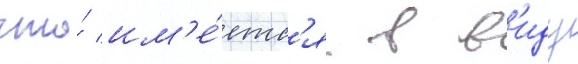
что́ им'е́етс'я в в'иду